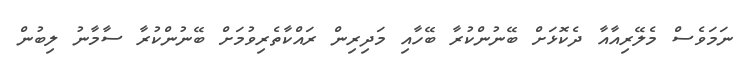
ނަމަވެސް މެލޭރިއާއާ ދެކޮޅަށް ބޭނުންކުރާ ބޭހާއި މަދިރިން ރައްކާތެރިވުމަށް ބޭނުންކުރާ ސާމާނު ލިބުން